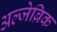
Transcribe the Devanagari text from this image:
अल्जेब्रिक